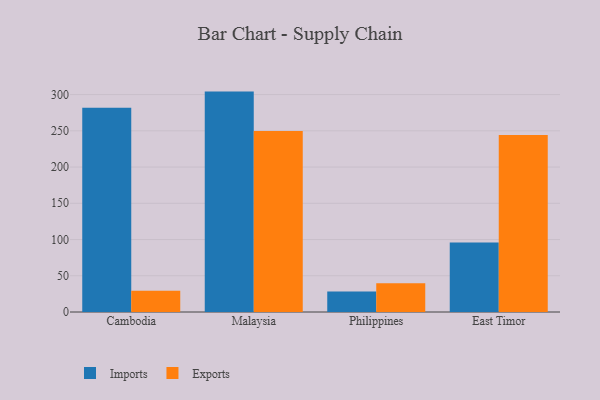
{"axis": {"x": "Country", "y": "Page Views"}, "legend": ["Exports", "Imports"], "data": [{"x": "Cambodia", "y": 281.9, "type": "Imports"}, {"x": "Cambodia", "y": 29.3, "type": "Exports"}, {"x": "Malaysia", "y": 304.1, "type": "Imports"}, {"x": "Malaysia", "y": 249.9, "type": "Exports"}, {"x": "Philippines", "y": 28.3, "type": "Imports"}, {"x": "Philippines", "y": 39.5, "type": "Exports"}, {"x": "East Timor", "y": 95.9, "type": "Imports"}, {"x": "East Timor", "y": 244.1, "type": "Exports"}]}